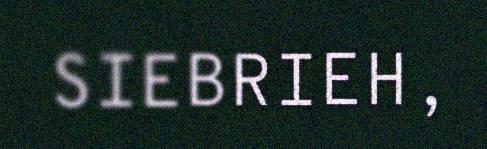
SIEBRIEH,